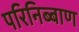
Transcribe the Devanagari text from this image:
परिनिब्बाण